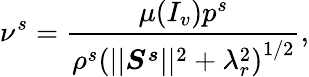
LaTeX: \nu^{s}=\frac{\mu(I_{v})p^{s}}{\rho^{s}\left(\vert\vert\boldsymbol{S^{s}}\vert\vert^{2}+\lambda_{r}^{2}\right)^{1/2}},